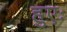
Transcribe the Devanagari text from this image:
हुएः